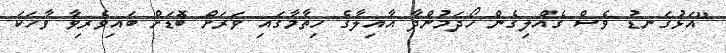
"އަޅުގަނޑު ވެސް ގެއްލިގެން ހޯދަމުންދާ އާއިލާގެ ހިތާމާގައި ވަރަށް ބޮޑަށް ބައިވެރިވާ ވާހަކަ